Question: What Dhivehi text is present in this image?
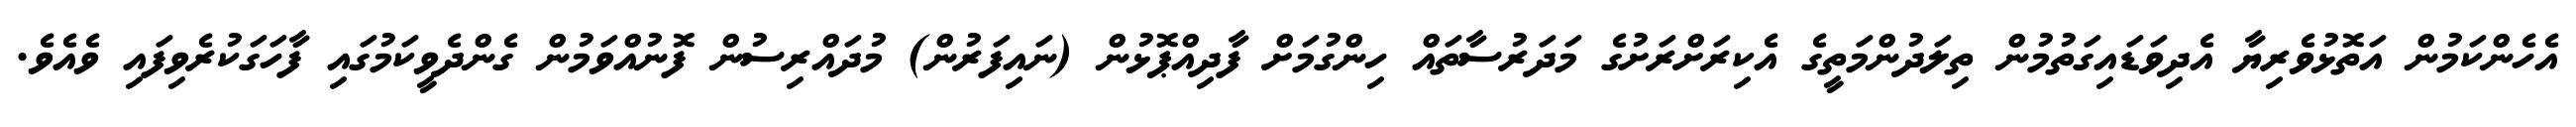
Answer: އެހެންކަމުން އަތޮޅުވެރިޔާ އެދިވަޑައިގަތުމުން ތިލަދުންމަތީގެ އެކިރަށްރަށުގެ މަދަރުސާތައް ހިންގުމަށް ފާދިއްޕޮޅުން (ނައިފަރުން) މުދައްރިސުން ފޮނުއްވަމުން ގެންދެވީކަމުގައި ފާހަގަކުރެވިފައި ވެއެވެ.